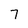
Character: 7